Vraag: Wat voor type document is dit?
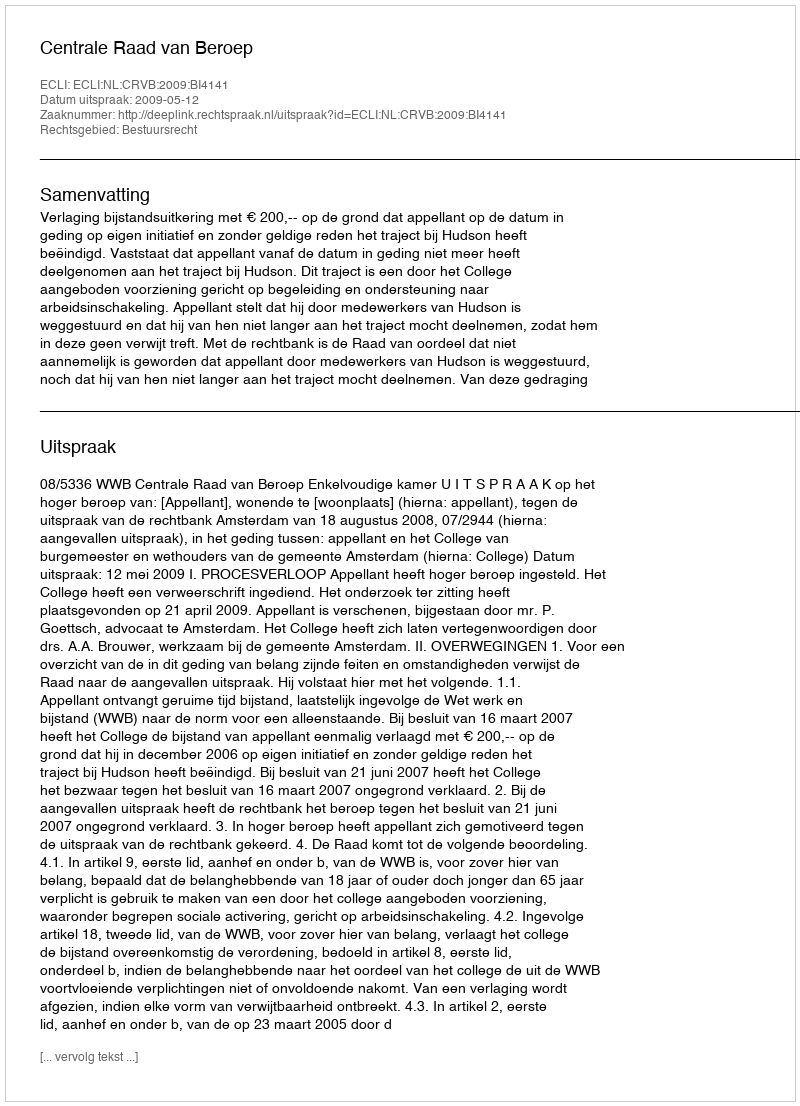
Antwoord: Uitspraak